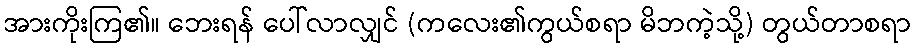
အားကိုးကြ၏။ ဘေးရန် ပေါ်လာလျှင် (ကလေး၏ကွယ်စရာ မိဘကဲ့သို့) တွယ်တာစရာ